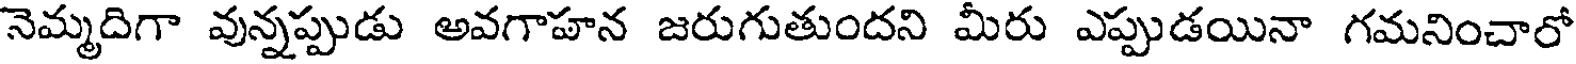
నెమ్మదిగా వున్నప్పుడు అవగాహన జరుగుతుందని మీరు ఎప్పుడయినా గమనించారో